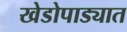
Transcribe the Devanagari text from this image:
खेडोपाड्यात